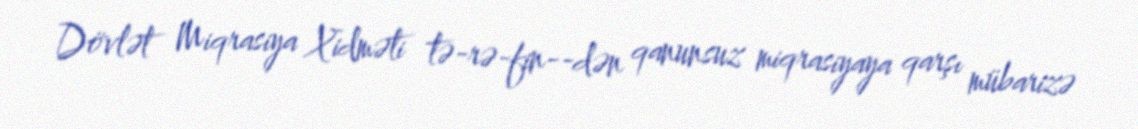
Dövlət Miqrasiya Xidməti tə­rə­fin­­dən qanunsuz miqrasiyaya qarşı mübarizə